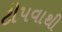
ટીપવાથી